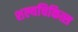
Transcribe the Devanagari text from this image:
शल्यचिकित्स